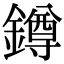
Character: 鐏